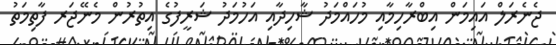
ޖެނެރަލް އައިމަން އިބްރާހިމާއި މުހައްމަދު ޝާހިދާއި އަހުމަދު ޝަރީފުގެ އިތުރުން މެނޭޖަރ ފާތިމަތު